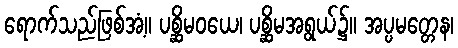
ရောက်သည်ဖြစ်အံ့။ ပစ္ဆိမဝယေ၊ ပစ္ဆိမအရွယ်၌။ အပ္ပမတ္တေန၊